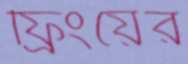
ফ্রিংয়ের